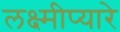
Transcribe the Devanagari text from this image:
लक्ष्मीप्यारे